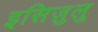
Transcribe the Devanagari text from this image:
इसिज़ुलु